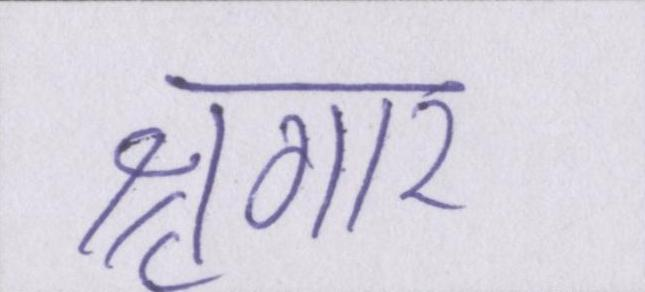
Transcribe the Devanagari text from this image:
श्रृंगार